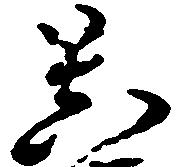
菩